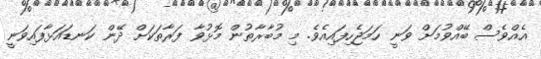
އެއްވެސް ބޭއްވުމަށް ވަނީ ހަމަޖެހިފައިއެވެ. މި މުބާރާތުން މޮޅުވާ ފަރާތަކަށް ދޭން ކަނޑައަޅާފައިވަނީ